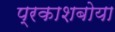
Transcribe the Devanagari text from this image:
प्रकाशबोया